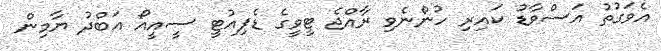
އެވަގުތު އަސްވާޑު ކައިރި ހުންނެވި ރާއްޖެ ޓީވީގެ ޑެޕިއުޓީ ސީއީއޯ އަބްދު ޔާމިން